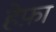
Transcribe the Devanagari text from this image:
हेफ़ा